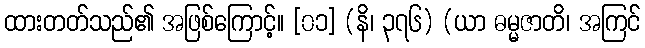
ထားတတ်သည်၏ အဖြစ်ကြောင့်။ [၀၁] (နိ၊ ၃၇၆) (ယာ ဓမ္မဇာတိ၊ အကြင်